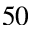
5 0